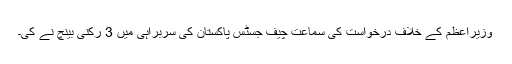
وزیراعظم کے خلاف درخواست کی سماعت چیف جسٹس پاکستان کی سربراہی میں 3 رکنی بینچ نے کی۔